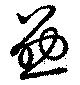
勗